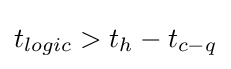
t_{logic}>t_{h}-t_{c{-}q}